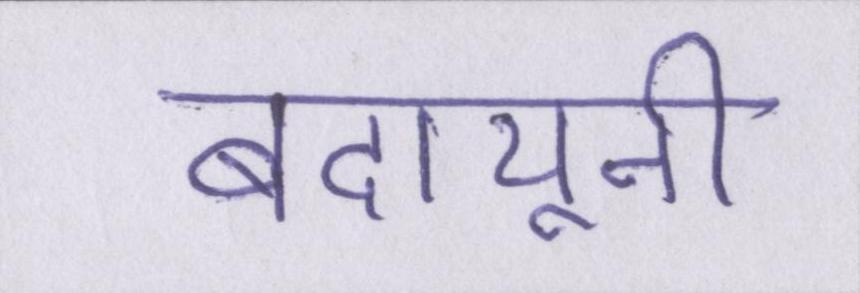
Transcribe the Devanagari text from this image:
बदायूनी